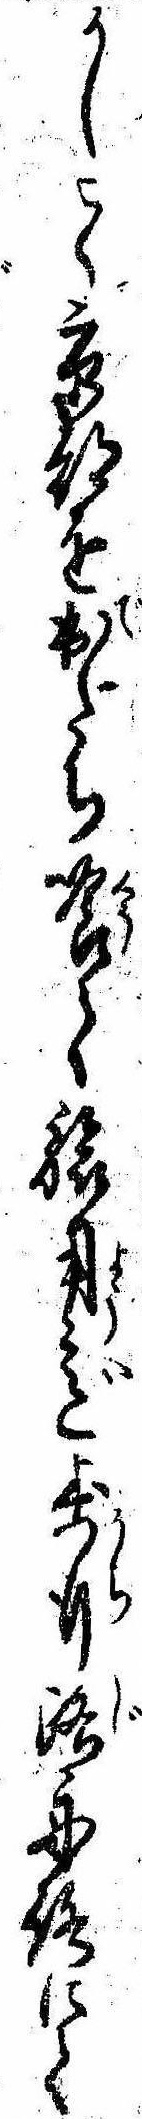
かしこく京都を出たち喰て旅用意歩行路舟路にて